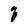
Character: q